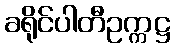
ခရိုင်ပါတီဥက္ကဋ္ဌ